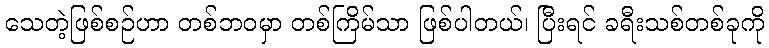
သေတဲ့ဖြစ်စဉ်ဟာ တစ်ဘဝမှာ တစ်ကြိမ်သာ ဖြစ်ပါတယ်၊ ပြီးရင် ခရီးသစ်တစ်ခုကို